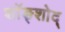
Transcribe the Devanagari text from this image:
शॉङ्शोद्